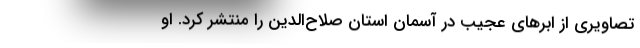
تصاویری از ابر‌های عجیب در آسمان استان صلاح‌الدین را منتشر کرد. او